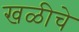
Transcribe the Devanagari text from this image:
खळीचे